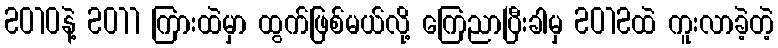
2010နဲ့ 2011 ကြားထဲမှာ ထွက်ဖြစ်မယ်လို့ ကြေညာပြီးခါမှ 2012ထဲ ကူးလာခဲ့တဲ့